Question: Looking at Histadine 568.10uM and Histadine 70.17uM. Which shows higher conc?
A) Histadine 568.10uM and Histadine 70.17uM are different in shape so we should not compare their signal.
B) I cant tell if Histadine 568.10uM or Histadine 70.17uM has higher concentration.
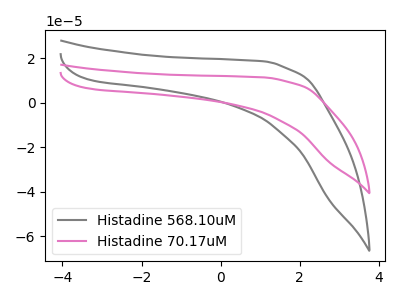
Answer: <think>The gray curve "Histadine 568.10uM" has no peaks. The pink curve "Histadine 70.17uM" has no peaks.
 Neither "Histadine 568.10uM" or "Histadine 70.17uM" have any peaks.</think>
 <answer>B) I cant tell if "Histadine 568.10uM" or "Histadine 70.17uM" has higher concentration.</answer>
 <eval>B</eval>